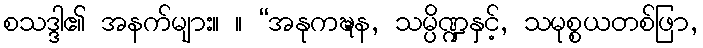
စသဒ္ဒါ၏ အနက်များ။ ။ “အနုကဍ္ဎန, သမ္ပိဏ္ဍနှင့်, သမုစ္စယတစ်ဖြာ,